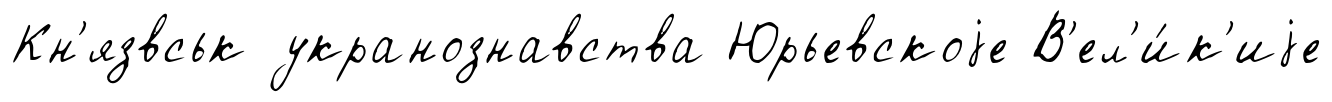
Кн'язвськ укранознавства Юрьевскоjе В'ел'и́к'иjе